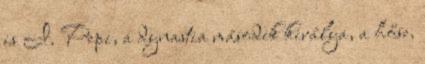
is I. Pepi, a dynastia második királya, a hőse.